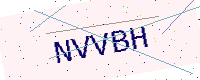
Text: NVVBH